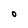
Character: O